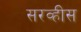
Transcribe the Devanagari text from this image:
सरव्हीस